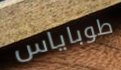
طوباياس